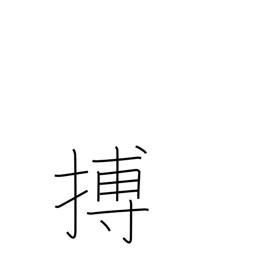
Meaning: spring upon